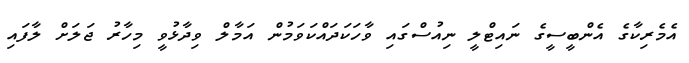
އެމެރިކާގެ އެންބީސީގެ ނައިޓްލީ ނިއުސްގައި ވާހަކަދައްކަވަމުން އަމާލް ވިދާޅުވީ މިހާރު ޖަލަށް ލާފައި